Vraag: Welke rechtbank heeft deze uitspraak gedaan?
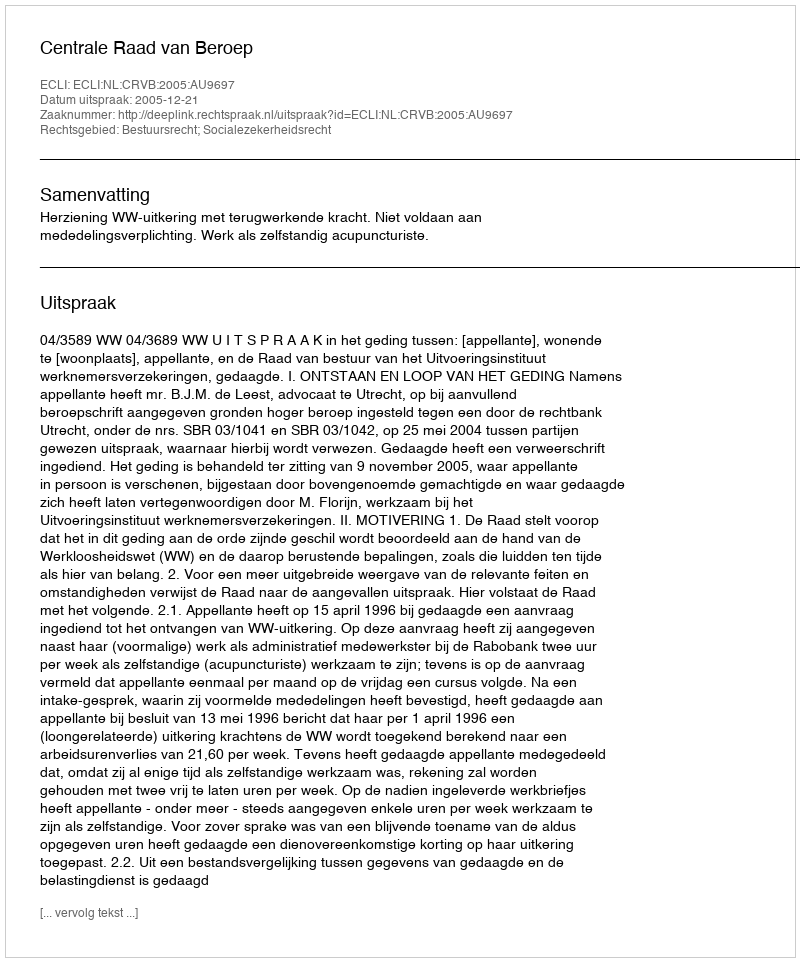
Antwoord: Centrale Raad van Beroep